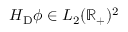
H _ { \mathrm { D } } \phi \in L _ { 2 } ( \mathbb { R } _ { + } ) ^ { 2 }